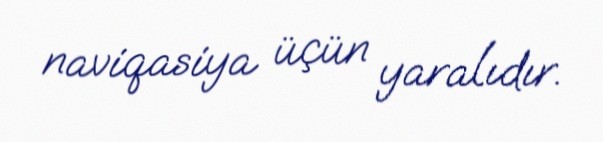
naviqasiya üçün yaralıdır.